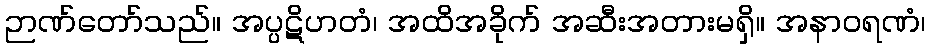
ဉာဏ်တော်သည်။ အပ္ပဋိဟတံ၊ အထိအခိုက် အဆီးအတားမရှိ။ အနာဝရဏံ၊